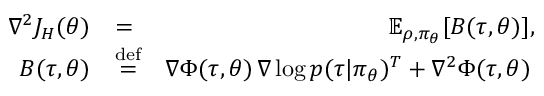
\begin{array} { r l r } { \nabla ^ { 2 } J _ { H } ( \theta ) } & { = } & { \mathbb E _ { \rho , \pi _ { \theta } } [ B ( \tau , \theta ) ] , } \\ { B ( \tau , \theta ) } & { \stackrel { \mathrm { d e f } } { = } } & { \nabla \Phi ( \tau , \theta ) \, \nabla \log p ( \tau | \pi _ { \theta } ) ^ { T } + \nabla ^ { 2 } \Phi ( \tau , \theta ) \, } \end{array}